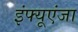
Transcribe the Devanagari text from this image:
इंफ्यूएंजा